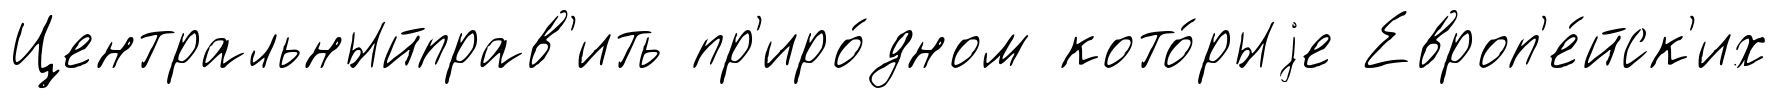
Центральныйправ'ить пр'иро́дном кото́рыjе Европ'е́йск'их